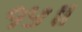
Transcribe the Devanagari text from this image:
१५॥